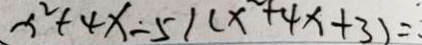
x ^ { 2 } + 4 x - 5 ) ( x + 4 x + 3 ) =